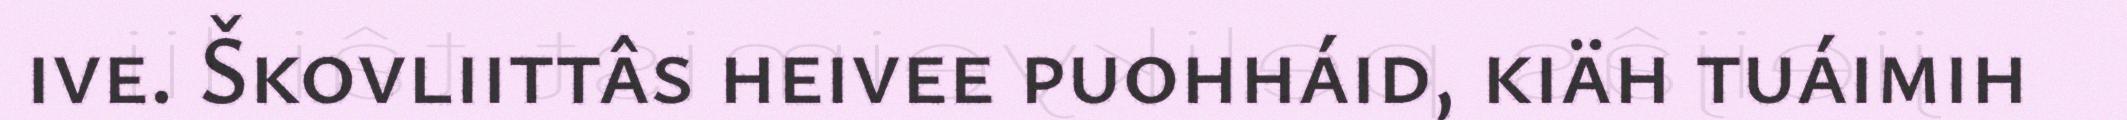
ive. Škovliittâs heivee puohháid, kiäh tuáimih